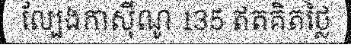
ល្បែងកាស៊ីណូ 135 ឥតគិតថ្លៃ